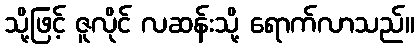
သို့ဖြင့် ဇူလိုင် လဆန်းသို့ ရောက်လာသည်။